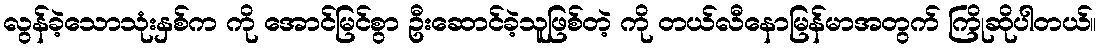
လွန်ခဲ့သောသုံးနှစ်က ကို အောင်မြင်စွာ ဦးဆောင်ခဲ့သူဖြစ်တဲ့ ကို တယ်လီနောမြန်မာအတွက် ကြိုဆိုပါတယ်။